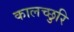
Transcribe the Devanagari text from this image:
कालच्छुरि